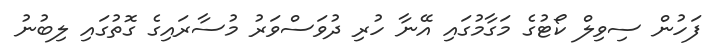
ފަހުން ސިވިލް ކޯޓުގެ މަގާމުގައި އޭނާ ހުރި ދުވަސްވަރު މުސާރައިގެ ގޮތުގައި ލިބުނު